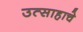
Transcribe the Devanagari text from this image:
उत्‍साहाचे